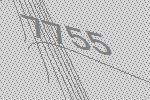
7755